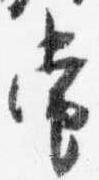
当